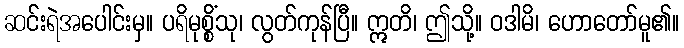
ဆင်းရဲအပေါင်းမှ။ ပရိမုစ္စိံသု၊ လွတ်ကုန်ပြီ။ ဣတိ၊ ဤသို့။ ဝဒါမိ၊ ဟောတော်မူ၏။